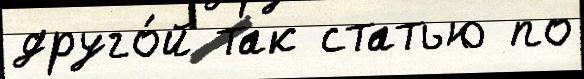
друго́й так статью по